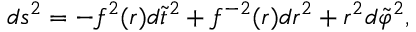
d s ^ { 2 } = - f ^ { 2 } ( r ) d \tilde { t } ^ { 2 } + f ^ { - 2 } ( r ) d r ^ { 2 } + r ^ { 2 } d \tilde { \varphi } ^ { 2 } ,